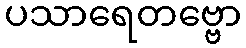
ပသာရေတဗ္ဗော